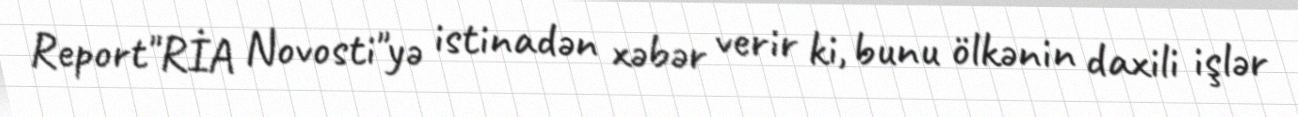
Report"RİA Novosti"yə istinadən xəbər verir ki, bunu ölkənin daxili işlər